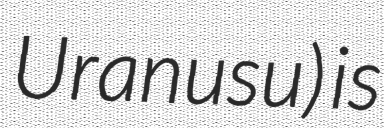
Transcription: Uranusu) is